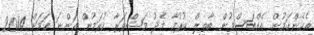
އެހެންކަމުން އެއްބަސްވުން ބާތިލް ކުރުމާ މެދު މަޝްވަރާ ކުރަމުން އަންނަ ކަމަށް 2014